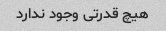
هیچ قدرتی وجود ندارد